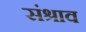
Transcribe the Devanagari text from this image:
संश्राव